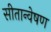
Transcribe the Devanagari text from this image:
सीतान्वेषण